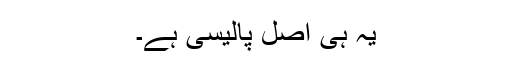
یہ ہی اصل پالیسی ہے۔